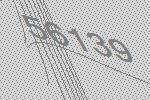
56139